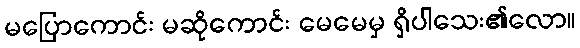
မပြောကောင်း မဆိုကောင်း မေမေမှ ရှိပါသေး၏လော။